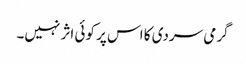
گرمی سردی کا اس پر کوئی اثر نہیں۔